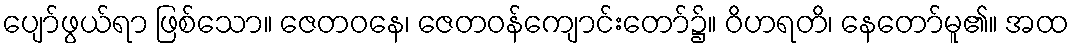
ပျော်ဖွယ်ရာ ဖြစ်သော။ ဇေတဝနေ၊ ဇေတဝန်ကျောင်းတော်၌။ ဝိဟရတိ၊ နေတော်မူ၏။ အထ